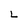
Character: L